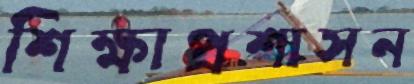
শিক্ষাপ্রশাসন